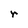
Character: r